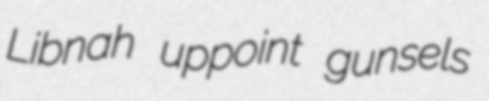
Libnah uppoint gunsels